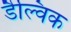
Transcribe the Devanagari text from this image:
डैल्विक